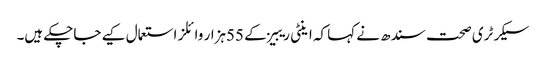
سیکرٹری صحت سندھ نے کہا کہ اینٹی ریبیز کے 55ہزار وائلز استعمال کیے جاچکے ہیں۔